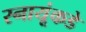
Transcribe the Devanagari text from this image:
स्नायूंकडे